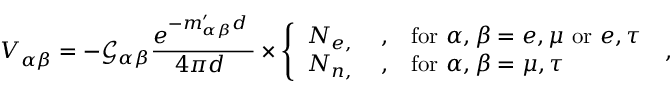
V _ { \alpha \beta } ^ { \astrosun } = - \mathcal { G } _ { \alpha \beta } \frac { e ^ { - m _ { \alpha \beta } ^ { \prime } d _ { \astrosun } } } { 4 \pi d _ { \astrosun } } \times \left\{ \begin{array} { l l l } { N _ { e , \astrosun } } & { , } & { \mathrm { f o r } ~ \alpha , \beta = e , \mu ~ \mathrm { o r } ~ e , \tau } \\ { N _ { n , \astrosun } } & { , } & { \mathrm { f o r } ~ \alpha , \beta = \mu , \tau } \end{array} \right. \; ,